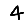
Digit: 4